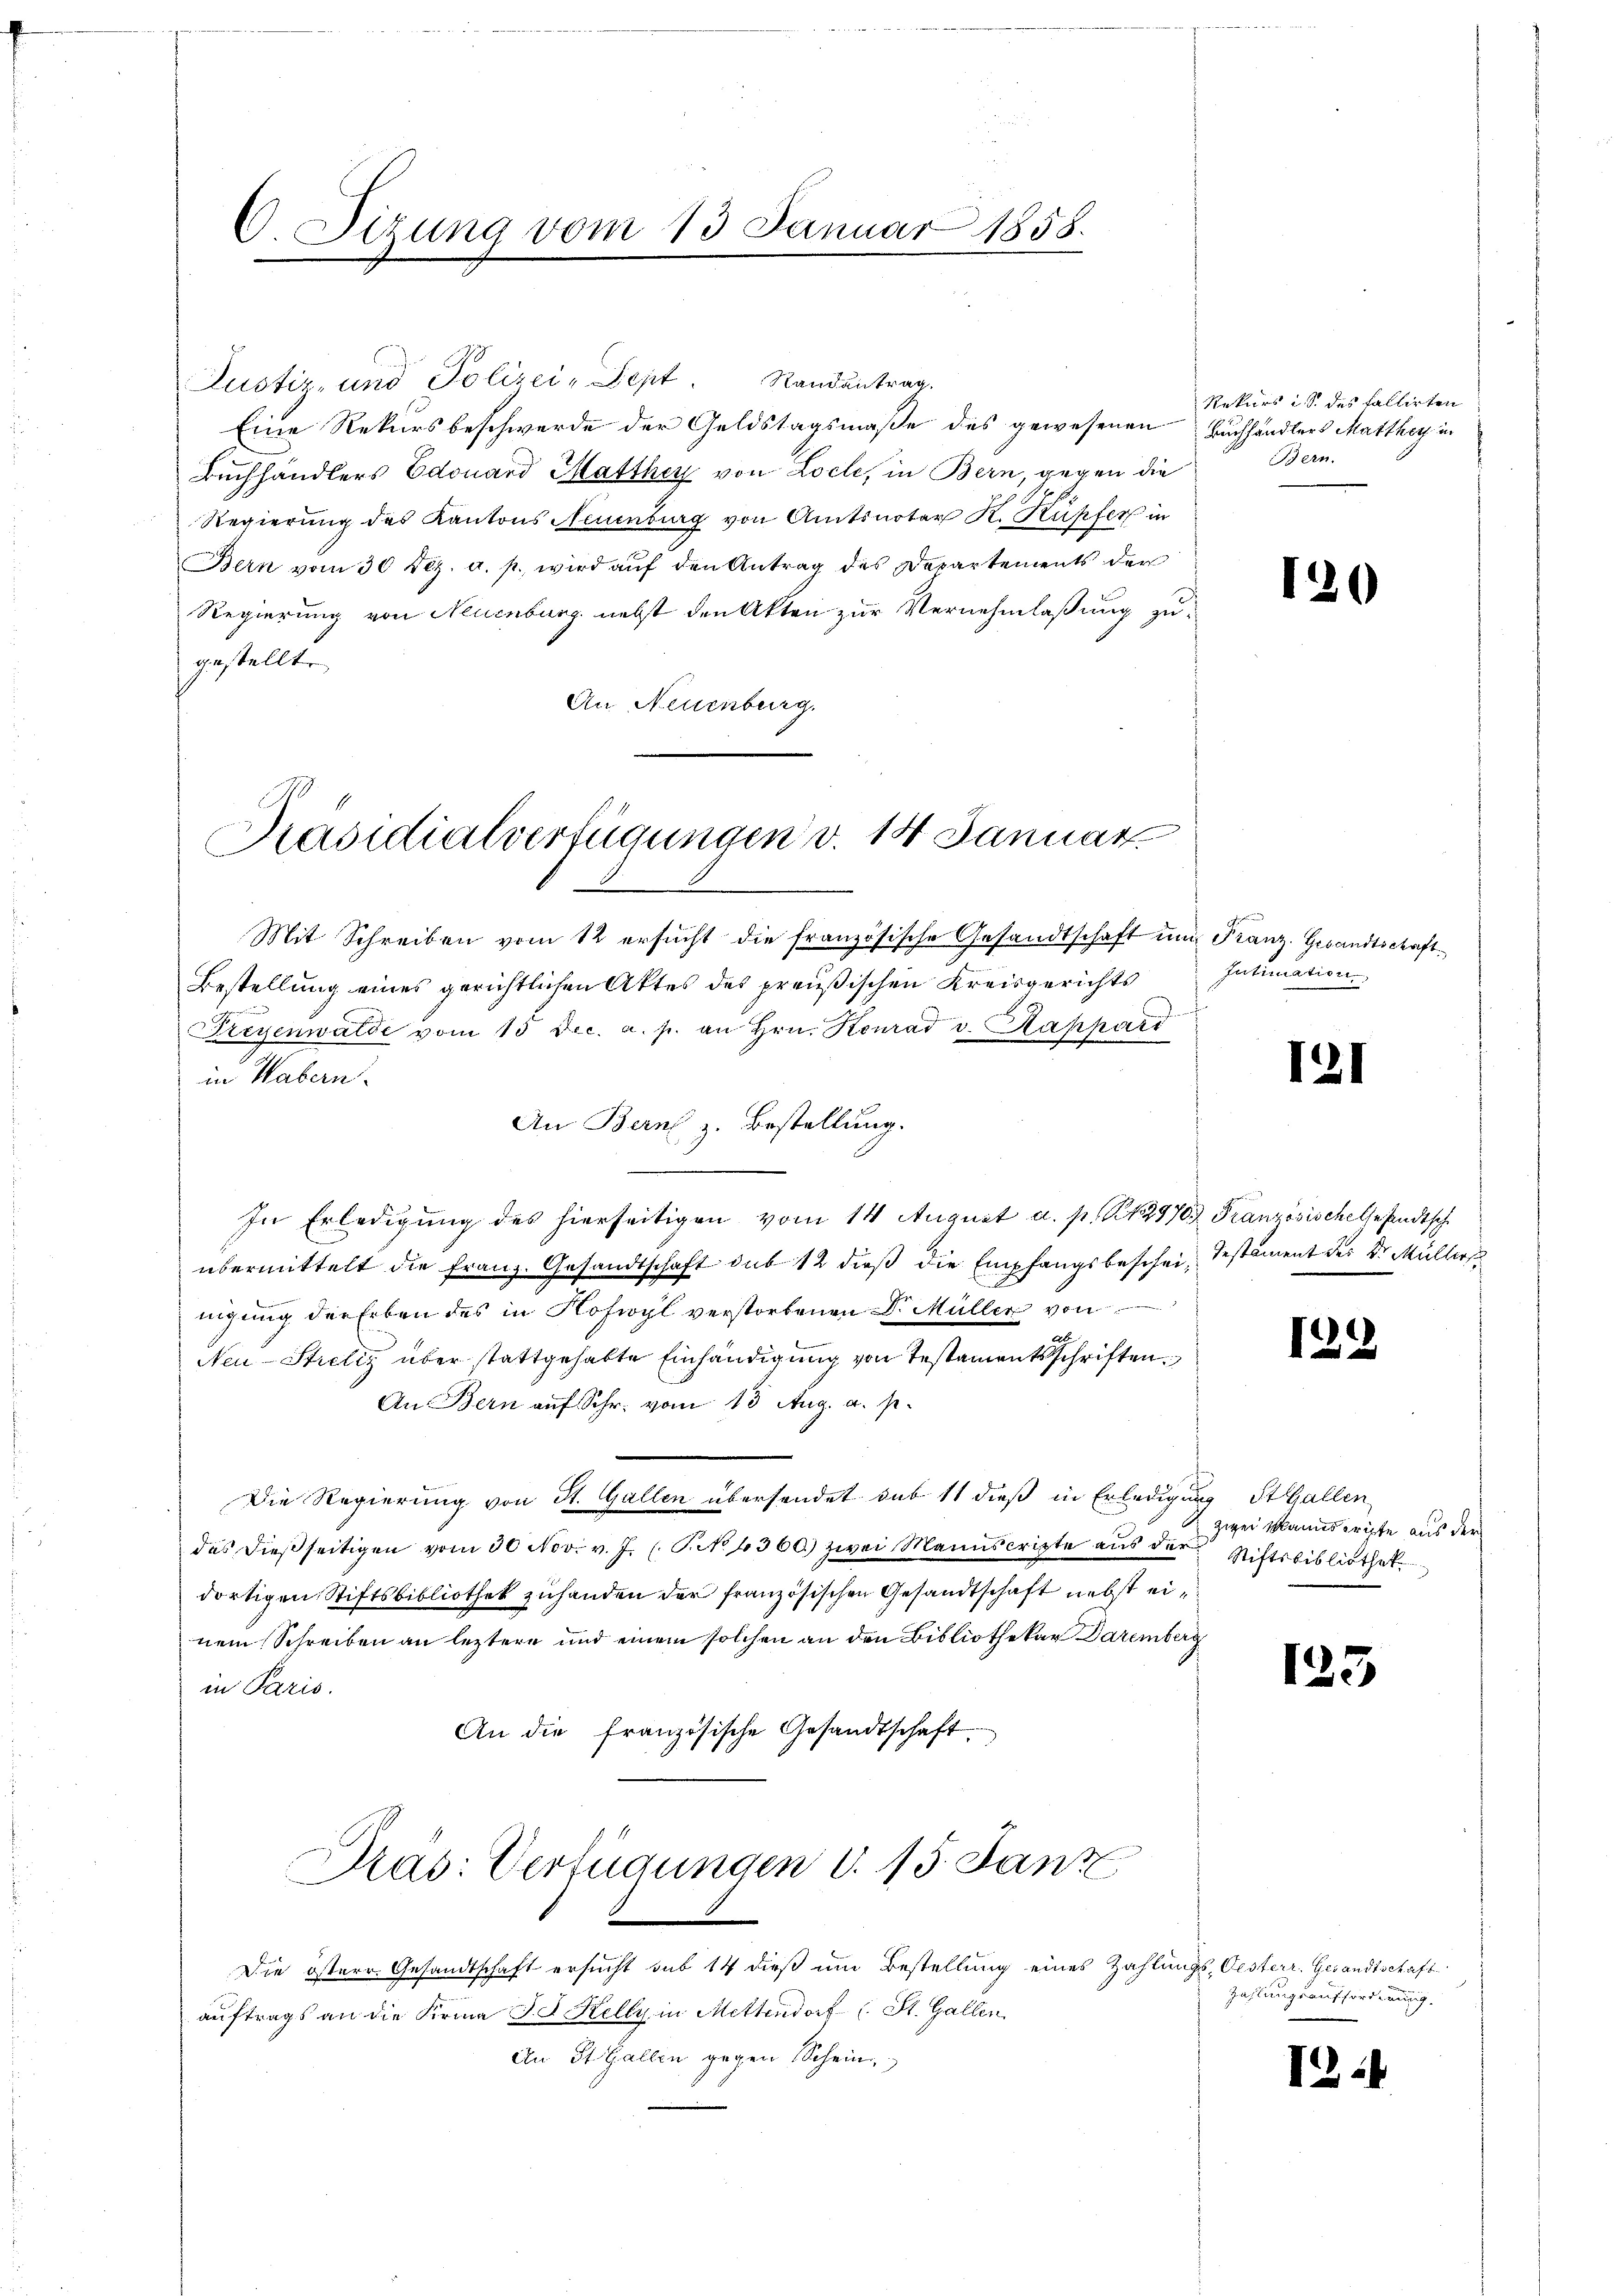
6 Sirung vom 13. Januar 1858.

Justiz- und Polizei- Sept. Randantrag.
Eine Rekursbeschwerde der Geldstagsmaße des gewesenen Buchhändlers Matthey in
Buchhändlers Edouard Matther von Loch, in Bern, gegen die
Regierung des Kantons Neuenburg von Amtsnotar K. Kupfer in
Bern vom 30 Dez. a. p. wird auf den Antrag des Departements der
Regierung von Neuenburg nebst den Akten zur Vernehmlaßung zugestellte
An Neuenburg.

Präsidialverfügungen v. 14 Januar

Mit Schreiben vom 12 ersucht die französische Gesandtschaft um Franz. Gesandtschaft¬
Bestellung eines gerichtlichen Aktes des preußischen Kreisgerichts
Pregenwalde vom 15 Dec. a. p. an Hrn. Konrad v. Hanhard
in Habern.
An Bern z. Bestellung.
In Erledigung des hierseitigen vom 14 August a. p. 12970. Französischetestadtsche
übermittelt die Franz. Gesandtschaft sub 12 dieß die Empfangsbeschein Testament der Dr. Müllers
nigung der Erben des in Hofwyl verstorbenen Dr. Müller von
u
Neu-Strelig über stattgehabte Einhändigung von Testamentsschriften
An Bern auf Schr. vom 13 Aug. a. p.
Die Regierung von St. Gallen übersendet sub 11 dieß in Erledigung StGallen
das dieβ seitigen vom 30 Nov. v. J. (T. No 1360.) zwei Mannscripte aŭs der Stiftsbibliothek
dortigen Stiftsbibliothek zuhanden der französischen Gesandtschaft nebst einem Schreiben an leztere und einem solchen an den Bibliothekar Daremberg
in Paris.
An die französische Gesandtschaft.
Dräs: Verfügungen d. 15. Janz
Die österr. Gesandtschaft ersucht sub 14 dieß um Bestellung eines Zahlungs-Oesterr. Gesandtschaft
auftrags an die Firma Jd. Kelly in Mettendorf (St. Gallen
An St. Gallen gegen Schein

Rekurs i. S. des fallirten
Bern.

120

Intimation

121

12

zwei Manuscripte aus der

123

Zahlungsaufforderung.

12 1/